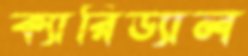
ক্যারিড্যাল